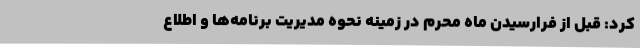
کرد: قبل از فرارسیدن ماه محرم در زمینه نحوه مدیریت برنامه‌ها و اطلاع